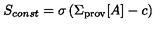
S _ { c o n s t } = \sigma \left( \Sigma _ { \mathrm { p r o v } } [ A ] - c \right)